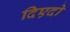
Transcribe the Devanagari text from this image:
दिएदो